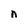
Character: n